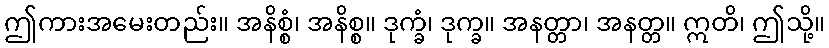
ဤကားအမေးတည်း။ အနိစ္စံ၊ အနိစ္စ။ ဒုက္ခံ၊ ဒုက္ခ။ အနတ္တာ၊ အနတ္တ။ ဣတိ၊ ဤသို့။